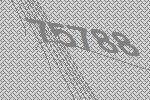
75788